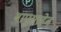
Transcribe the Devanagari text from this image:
बापुसाहेब